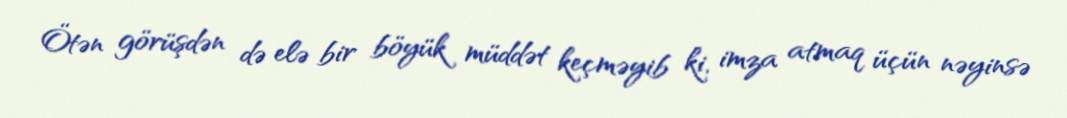
Ötən görüşdən də elə bir böyük müddət keçməyib ki, imza atmaq üçün nəyinsə